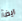
ايضآ